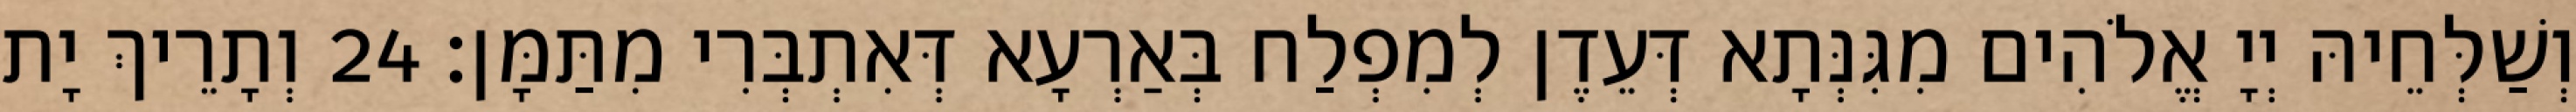
וְשַׁלְּחֵיהּ יְיָ אֱלֹהִים מִגִּנְּתָא דְּעֵדֶן לְמִפְלַח בְּאַרְעָא דְּאִתְבְּרִי מִתַּמָּן׃ 24 וְתָרֵיךְ יָת